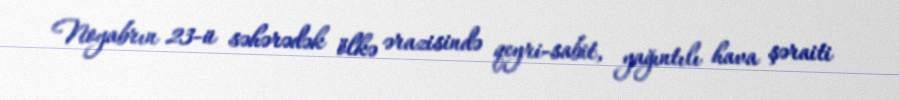
Noyabrın 23-ü səhərədək ölkə ərazisində qeyri-sabit, yağıntılı hava şəraiti